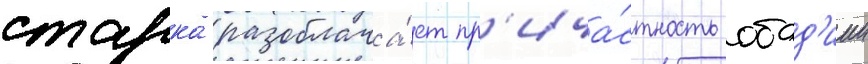
старка разоблача́ет пр'ича́стность обад'иии